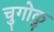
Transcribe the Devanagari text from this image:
चुगोकु